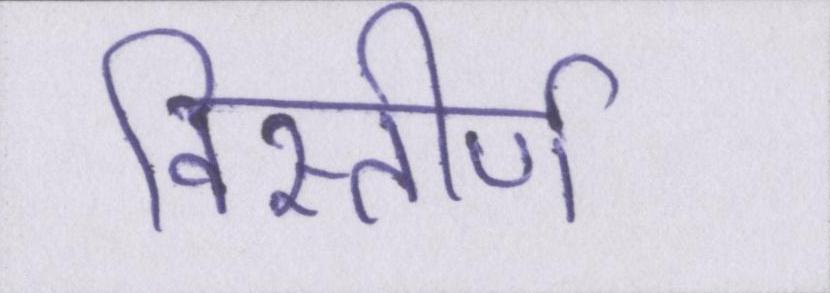
विस्तीर्ण